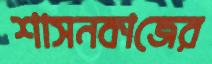
শাসনকাজের